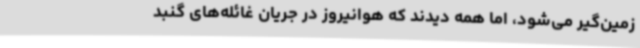
زمین‌گیر می‌شود، اما همه دیدند که هوانیروز در جریان غائله‌های گنبد